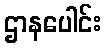
ဌာနပေါင်း